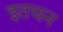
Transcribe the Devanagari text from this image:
इतचन